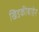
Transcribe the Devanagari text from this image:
खिडकीबाहेर